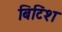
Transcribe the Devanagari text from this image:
बिटिंश